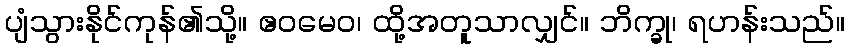
ပျံသွားနိုင်ကုန်၏သို့။ ဧဝမေဝ၊ ထို့အတူသာလျှင်။ ဘိက္ခု၊ ရဟန်းသည်။